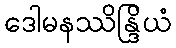
ဒေါမနဿိန္ဒြိယံ